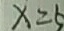
x = 5